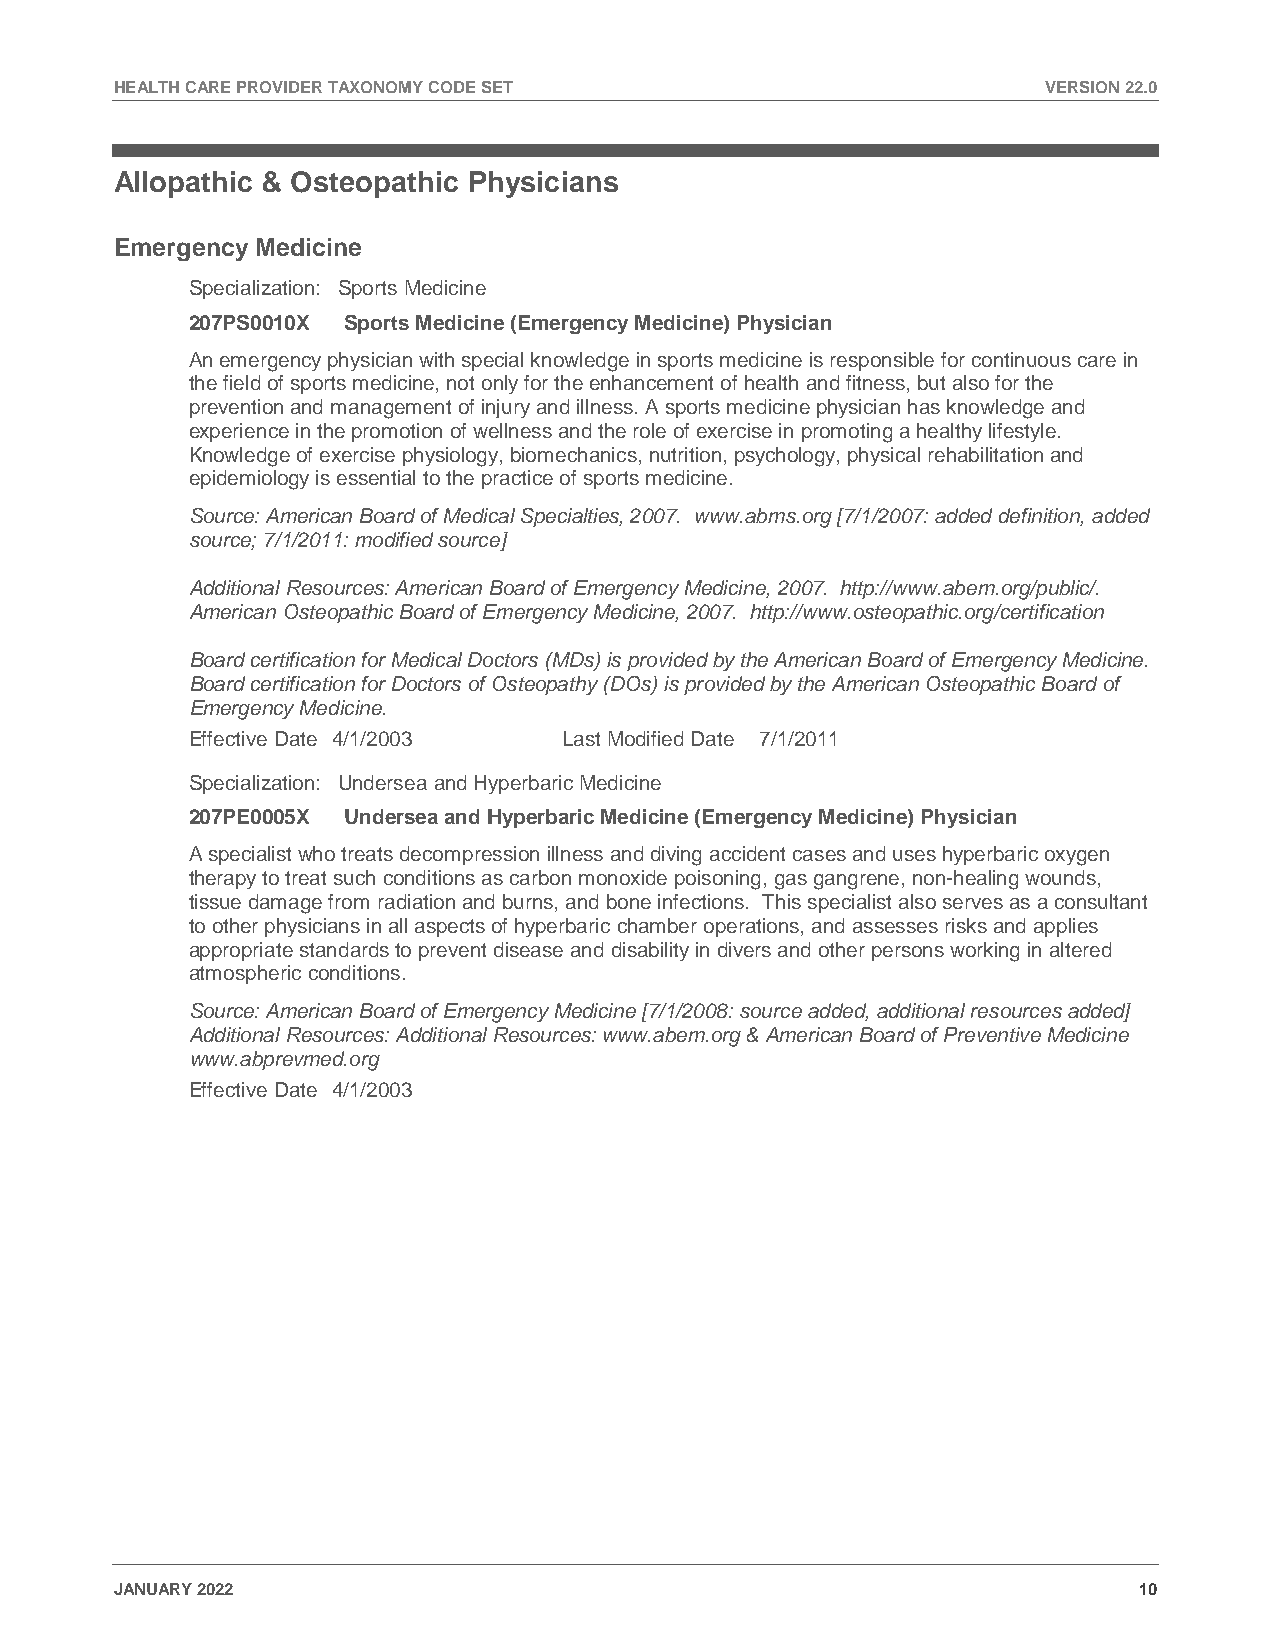
HEALTH CARE PROVIDER TAXONOMY CODE SET                       VERSION 22.0
 Allopathic & Osteopathic Physicians
 Emergency Medicine
 Specialization: Sports Medicine
 207PS0010X Sports Medicine (Emergency Medicine) Physician
 An emergency physician with special knowledge in sports medicine is responsible for continuous care in
 the field of sports medicine, not only for the enhancement of health and fitness, but also for the
 prevention and management of injury and illness. A sports medicine physician has knowledge and
 experience in the promotion of wellness and the role of exercise in promoting a healthy lifestyle.
 Knowledge of exercise physiology, biomechanics, nutrition, psychology, physical rehabilitation and
 epidemiology is essential to the practice of sports medicine.
 Source: American Board of Medical Specialties, 2007. www.abms.org [7/1/2007: added definition, added
 source; 7/1/2011: modified source]
 Additional Resources: American Board of Emergency Medicine, 2007. http://www.abem.org/public/.
 American Osteopathic Board of Emergency Medicine, 2007. http://www.osteopathic.org/certification
 Board certification for Medical Doctors (MDs) is provided by the American Board of Emergency Medicine.
 Board certification for Doctors of Osteopathy (DOs) is provided by the American Osteopathic Board of
 Emergency Medicine.
 Effective Date 4/1/2003  Last Modified Date 7/1/2011
 Specialization: Undersea and Hyperbaric Medicine
 207PE0005X Undersea and Hyperbaric Medicine (Emergency Medicine) Physician
 A specialist who treats decompression illness and diving accident cases and uses hyperbaric oxygen
 therapy to treat such conditions as carbon monoxide poisoning, gas gangrene, non-healing wounds,
 tissue damage from radiation and burns, and bone infections. This specialist also serves as a consultant
 to other physicians in all aspects of hyperbaric chamber operations, and assesses risks and applies
 appropriate standards to prevent disease and disability in divers and other persons working in altered
 atmospheric conditions.
 Source: American Board of Emergency Medicine [7/1/2008: source added, additional resources added]
 Additional Resources: Additional Resources: www.abem.org & American Board of Preventive Medicine
 www.abprevmed.org
 Effective Date 4/1/2003
 JANUARY 2022                                                       10